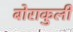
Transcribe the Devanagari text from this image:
बोराकुली